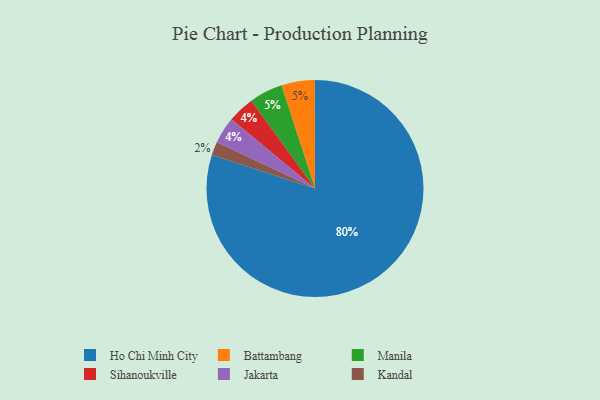
{"axis": {"x": "Category", "y": "Percentage"}, "legend": ["Battambang", "Ho Chi Minh City", "Jakarta", "Kandal", "Manila", "Sihanoukville"], "data": [{"x": "Battambang", "y": 5, "type": "Battambang"}, {"x": "Sihanoukville", "y": 4, "type": "Sihanoukville"}, {"x": "Ho Chi Minh City", "y": 80, "type": "Ho Chi Minh City"}, {"x": "Jakarta", "y": 4, "type": "Jakarta"}, {"x": "Kandal", "y": 2, "type": "Kandal"}, {"x": "Manila", "y": 5, "type": "Manila"}]}